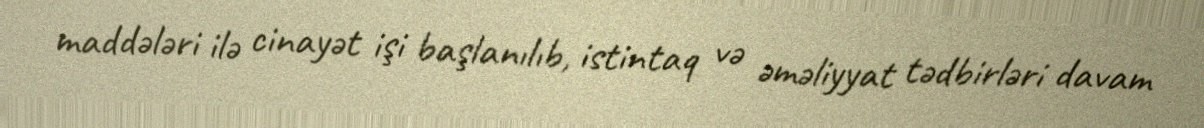
maddələri ilə cinayət işi başlanılıb, istintaq və əməliyyat tədbirləri davam